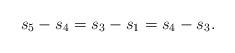
LaTeX: \begin{align*}s_5-s_4 = s_3 - s_1 = s_4- s_3.\end{align*}